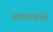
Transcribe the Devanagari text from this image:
सहस्रावर्तने